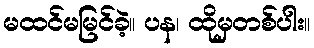
မထင်မမြင်ခဲ့။ ပန၊ ထိုမှတစ်ပါး။